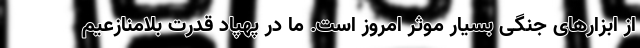
از ابزارهای جنگی بسیار موثر امروز است. ما در پهپاد قدرت بلامنازعیم